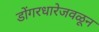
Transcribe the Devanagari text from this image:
डोंगरधारेजवळून